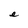
Character: e